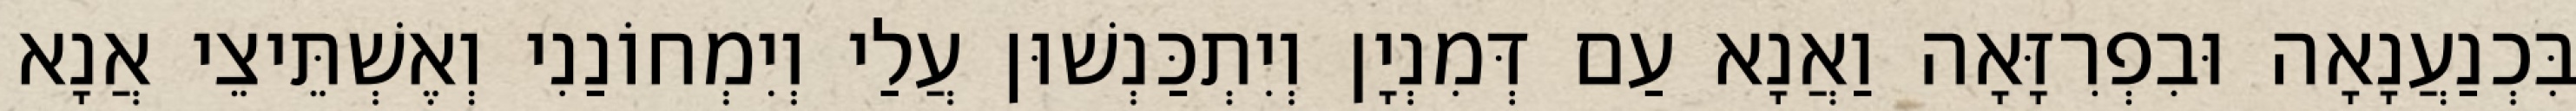
בִּכְנַעֲנָאָה וּבִפְרִזָּאָה וַאֲנָא עַם דְּמִנְיָן וְיִתְכַּנְשׁוּן עֲלַי וְיִמְחוֹנַנִי וְאֶשְׁתֵּיצֵי אֲנָא